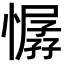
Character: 𢢁